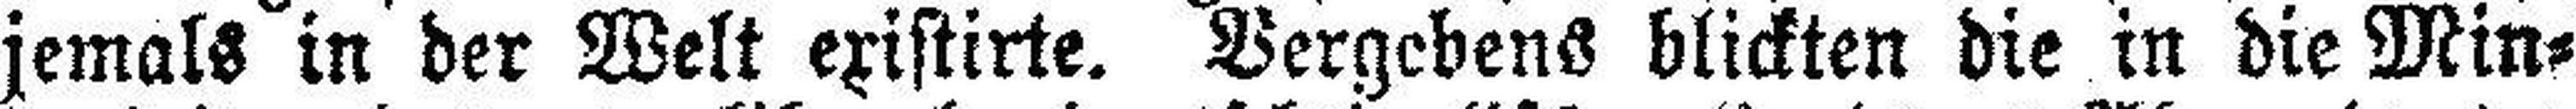
jemals in der Welt existirte. Vergebens blickten die in die Min¬